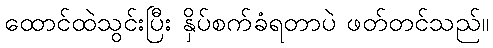
ထောင်ထဲသွင်းပြီး နှိပ်စက်ခံရတာပဲ ဖတ်တင်သည်။